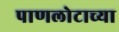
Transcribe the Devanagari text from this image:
पाणलोटाच्या